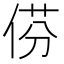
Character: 𠊠